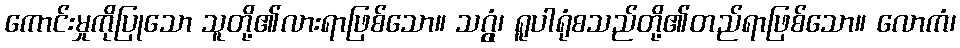
ကောင်းမှုကိုပြုသော သူတို့၏လားရာဖြစ်သော။ သဂ္ဂွံ၊ ရူပါရုံစသည်တို့၏တည်ရာဖြစ်သော။ လောကံ၊